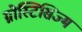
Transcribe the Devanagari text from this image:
ग्नोस्टिसिज्म